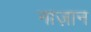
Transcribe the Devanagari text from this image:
नाज़ान